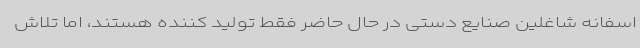
اسفانه شاغلین صنایع دستی در حال حاضر فقط تولید کننده هستند، اما تلاش